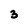
Character: 3